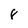
Character: 8